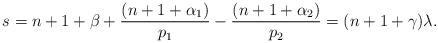
LaTeX: \begin{align*}s=n+1+\beta+\frac{(n+1+\alpha_1)}{p_1}-\frac{(n+1+\alpha_2)}{p_2}=(n+1+\gamma)\lambda.\end{align*}